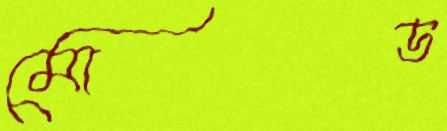
মোড